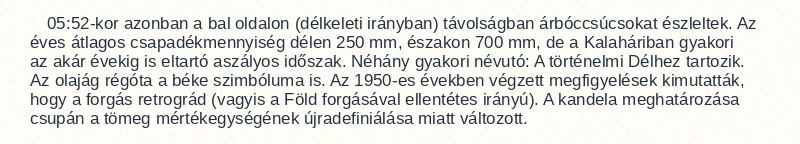
05:52-kor azonban a bal oldalon (délkeleti irányban) távolságban árbóccsúcsokat észleltek. Az éves átlagos csapadékmennyiség délen 250 mm, északon 700 mm, de a Kalaháriban gyakori az akár évekig is eltartó aszályos időszak. Néhány gyakori névutó: A történelmi Délhez tartozik. Az olajág régóta a béke szimbóluma is. Az 1950-es években végzett megfigyelések kimutatták, hogy a forgás retrográd (vagyis a Föld forgásával ellentétes irányú). A kandela meghatározása csupán a tömeg mértékegységének újradefiniálása miatt változott.